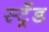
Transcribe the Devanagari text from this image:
स्ट्रँड